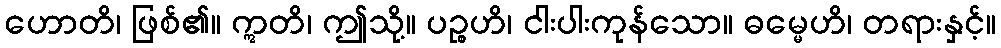
ဟောတိ၊ ဖြစ်၏။ ဣတိ၊ ဤသို့။ ပဉ္စဟိ၊ ငါးပါးကုန်သော။ ဓမ္မေဟိ၊ တရားနှင့်။